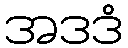
အဒဒံ